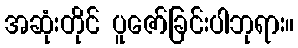
အဆုံးတိုင် ပူဇော်ခြင်းပါဘုရား။